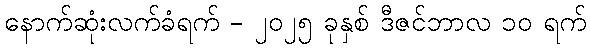
နောက်ဆုံးလက်ခံရက် - ၂၀၂၅ ခုနှစ် ဒီဇင်ဘာလ ၁၀ ရက်